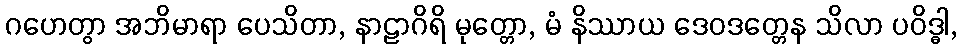
ဂဟေတွာ အဘိမာရာ ပေသိတာ, နာဠာဂိရိ မုတ္တော, မံ နိဿာယ ဒေဝဒတ္တေန သိလာ ပဝိဒ္ဓါ,